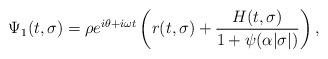
LaTeX: \begin{align*}\Psi_1(t,\sigma)=\rho e^{i\theta + i\omega t}\left(r(t,\sigma)+\frac{H(t,\sigma)}{1+\psi(\alpha |\sigma|)}\right),\end{align*}